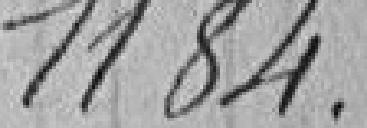
1.184